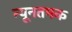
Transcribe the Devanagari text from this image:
न्यूनतमक